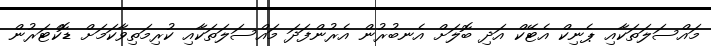
މައްސަލަތަކާއި ޕެނިކް އެޓޭކް އަދި ބޮލަށް އެނބުރުން އެރުންފަދަ މައްސަލަތަކާއި ކުރިމަތިވާކަމަށް ޑޮކްޓަރުން